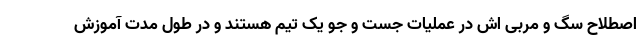
اصطلاح سگ و مربی اش در عملیات جست و جو یک تیم هستند و در طول مدت آموزش